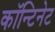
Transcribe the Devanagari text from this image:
काॅन्टिनेट